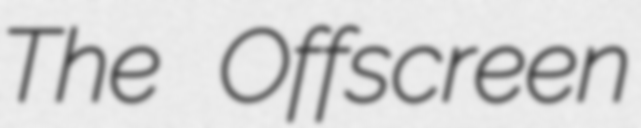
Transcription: The Offscreen